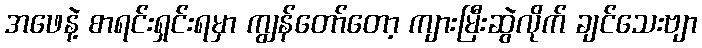
အဖေနဲ့ စာရင်းရှင်းရမှာ ကျွန်တော်တော့ ကျားမြီးဆွဲလိုက် ချင်သေးဗျာ